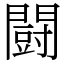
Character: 闘